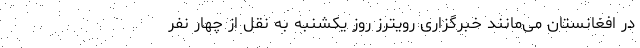
در افغانستان می‌مانند خبرگزاری رویترز روز یکشنبه به نقل از چهار نفر